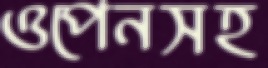
ওপেনসহ